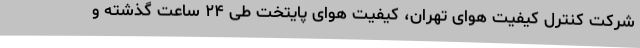
شرکت کنترل کیفیت هوای تهران، کیفیت هوای ‌پایتخت طی ۲۴ ساعت گذشته و